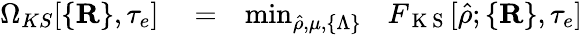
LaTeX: \begin{array}{rlr}{\Omega_{KS}[\{ {\mathbf R}\} ,\tau_{e}]}&{{}=}&{\operatorname*{min}_{\hat{\rho},\mu,\{ \Lambda\} }~~~F_{\mathrm{~K~S~}}[\hat{\rho};\{ {\mathbf R}\} ,\tau_{e}]}\end{array}